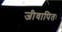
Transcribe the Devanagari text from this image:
जीवापितः